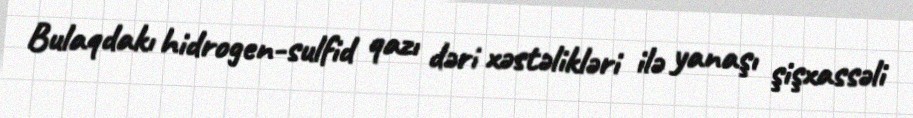
Bulaqdakı hidrogen-sulfid qazı dəri xəstəlikləri ilə yanaşı şişxassəli